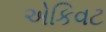
એકિવટ